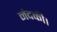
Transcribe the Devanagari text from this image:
नंदकी।